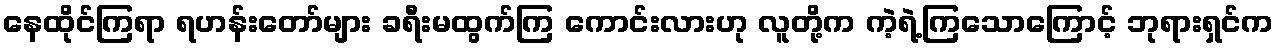
နေထိုင်ကြရာ ရဟန်းတော်များ ခရီးမထွက်ကြ ကောင်းလားဟု လူတို့က ကဲ့ရဲ့ကြသောကြောင့် ဘုရားရှင်က